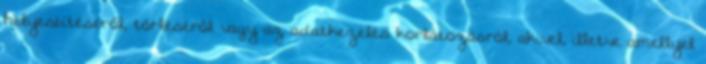
helyesbítéséről, törléséről vagy az adatkezelés korlátozásról, akivel, illetve amellyel